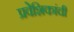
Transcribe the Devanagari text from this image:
प्रवेशिकांची